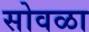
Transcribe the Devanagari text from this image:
सोवळा